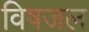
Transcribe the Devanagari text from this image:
विषजल